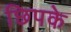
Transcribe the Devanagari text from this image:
छिपके